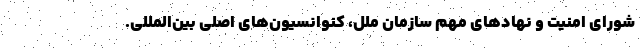
شورای امنیت و نهادهای مهم سازمان ملل، کنوانسیون‌های اصلی بین‌المللی.